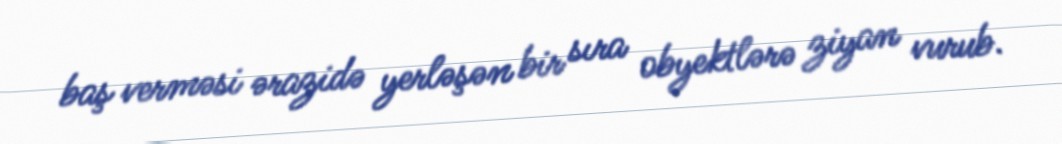
baş verməsi ərazidə yerləşən bir sıra obyektlərə ziyan vurub.